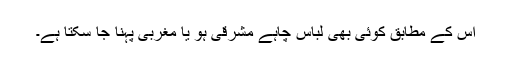
اس کے مطابق کوئی بھی لباس چاہے مشرقی ہو یا مغربی پہنا جا سکتا ہے۔